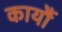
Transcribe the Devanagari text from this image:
कार्यौ